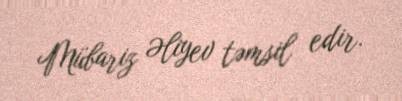
Mübariz Əliyev təmsil edir.